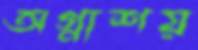
অগ্নাশয়